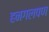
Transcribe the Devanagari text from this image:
हनगलपण